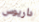
داريوس